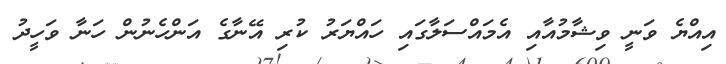
އިއްޔެ ވަނީ ވިޝާމުއާއި އެމައްސަލާގައި ހައްޔަރު ކުރި އޭނާގެ އަންހެނުން ހަނާ ވަހީދު